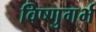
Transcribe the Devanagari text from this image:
विष्णुगर्भ